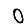
Digit: 0